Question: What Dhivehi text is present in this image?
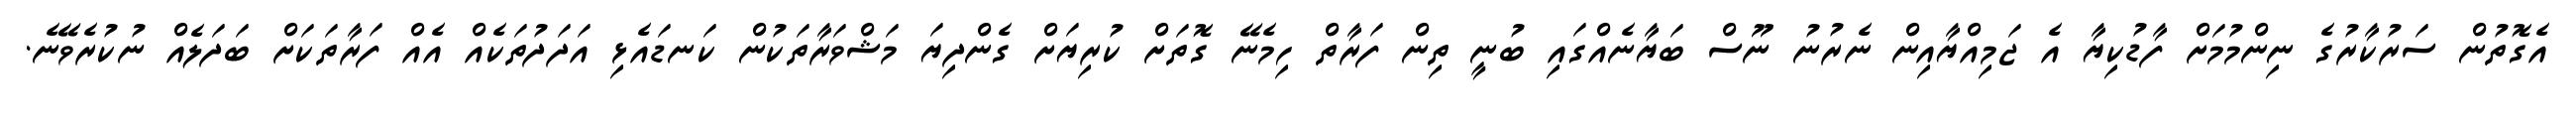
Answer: އެގޮތުން ސަރުކާރުގެ ނިންމުމަށް ފާޑުކިޔާ އެ ޖަމިއްޔާއިން ނެރުނު ނޫސް ބަޔާނެއްގައި ބުނީ ތިން ފަރާތް ހިމެނޭ ގޮތަށް ކުރިޔަށް ގެންދިޔަ މަޝްވަރާތަކުން ކަނޑައެޅި އަދަދުތަކެއް އެއް ފަރާތަކަށް ބަދަލެއް ނުކުރެވޭނެ.